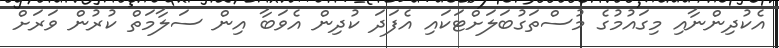
އެކުދިންނާއި މިގައުމުގެ މުސްތަގުބަލަށްޓަކައި އެފަދަ ކުދިން އެވަބާ އިން ސަލާމަތް ކުރުން ވަރަށް